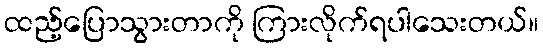
ထည့်ပြောသွားတာကို ကြားလိုက်ရပါသေးတယ်။